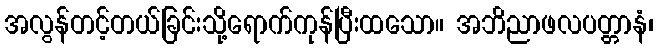
အလွန်တင့်တယ်ခြင်းသို့ရောက်ကုန်ပြီးထသော။ အဘိညာဖလပတ္တာနံ၊